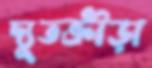
দ্যূতক্রীড়া